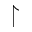
\upharpoonright